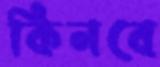
কিনবে